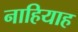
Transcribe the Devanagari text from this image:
नाहियाह